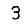
Digit: 3